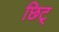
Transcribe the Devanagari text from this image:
छिट्